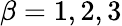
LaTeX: \beta=1,2,3